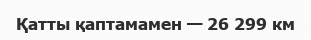
Қатты қаптамамен — 26 299 км